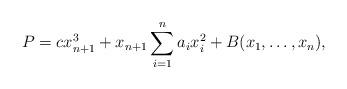
LaTeX: \begin{align*}P = cx_{n+1}^{3} + x_{n+1}\sum_{i = 1}^{n}a_{i}x_{i}^{2} + B(x_{1}, \dots, x_{n}), \end{align*}